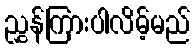
ညွှန်ကြားပါလိမ့်မည်